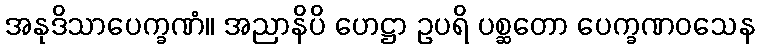
အနုဒိသာပေက္ခဏံ။ အညာနိပိ ဟေဋ္ဌာ ဥပရိ ပစ္ဆတော ပေက္ခဏဝသေန